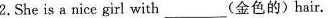
2.She is a nice girl with_____(金色的)hair.